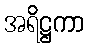
အရိဋ္ဌကာ